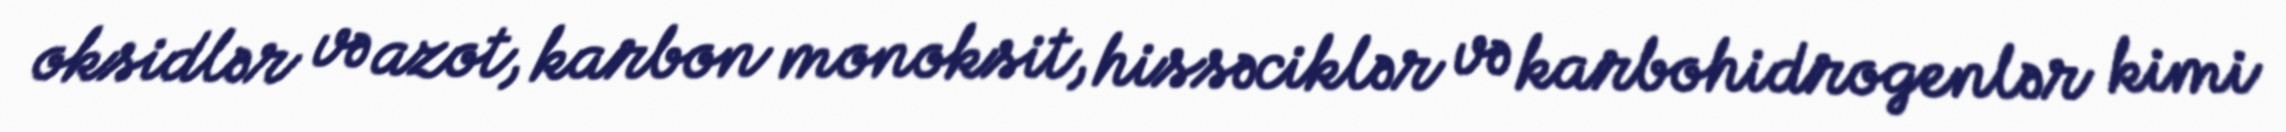
oksidlər və azot, karbon monoksit, hissəciklər və karbohidrogenlər kimi